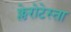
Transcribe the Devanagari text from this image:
क्लेरोटेस्ता